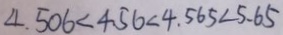
4 . 5 0 6 < 4 . 5 6 < 4 . 5 6 5 < 5 . 6 5